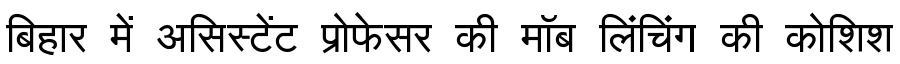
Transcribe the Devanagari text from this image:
बिहार में असिस्टेंट प्रोफेसर की मॉब लिंचिंग की कोशिश